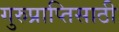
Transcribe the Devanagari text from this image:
गुरुप्राप्तिसाठी